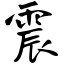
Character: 震